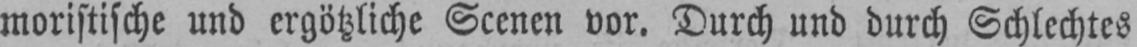
moristische und ergötzliche Scenen vor. Durch und durch Schlechtes